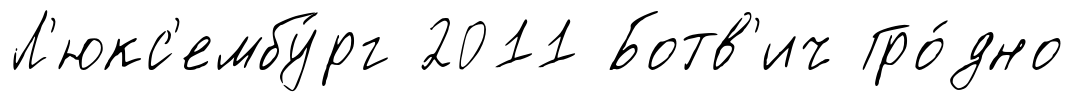
Л'юкс'ембу́рг 2011 Ботв'ич Гро́дно